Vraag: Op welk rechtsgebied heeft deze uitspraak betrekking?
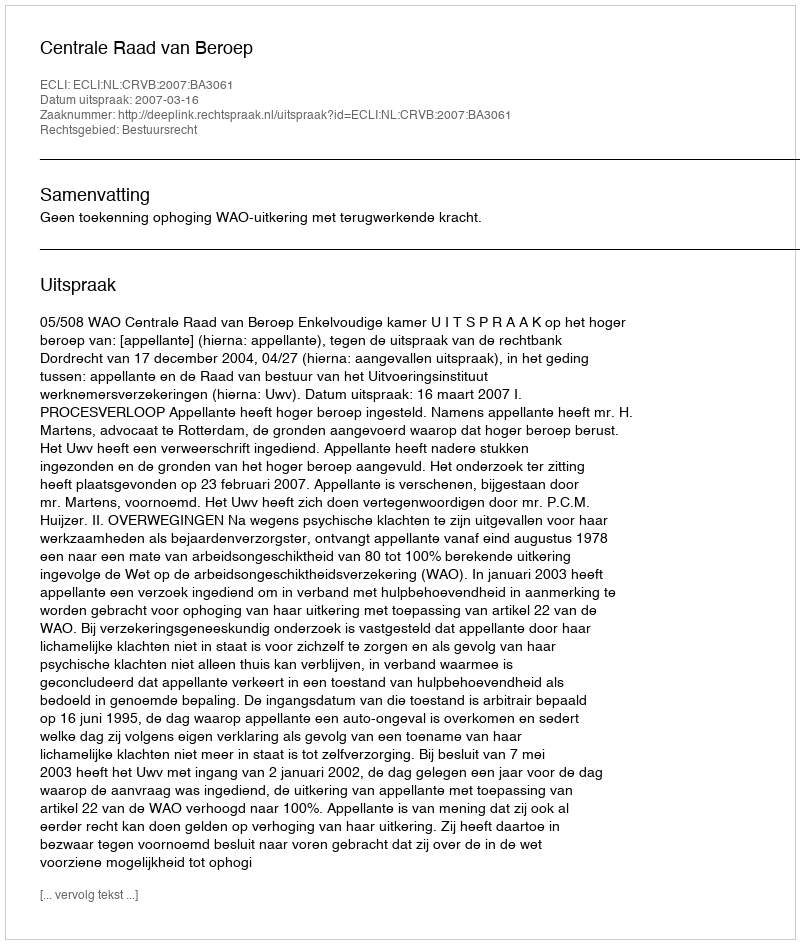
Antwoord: Bestuursrecht